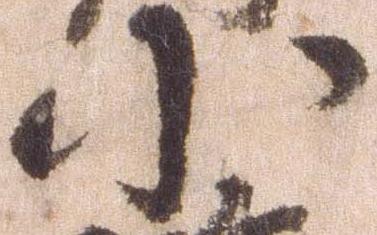
小